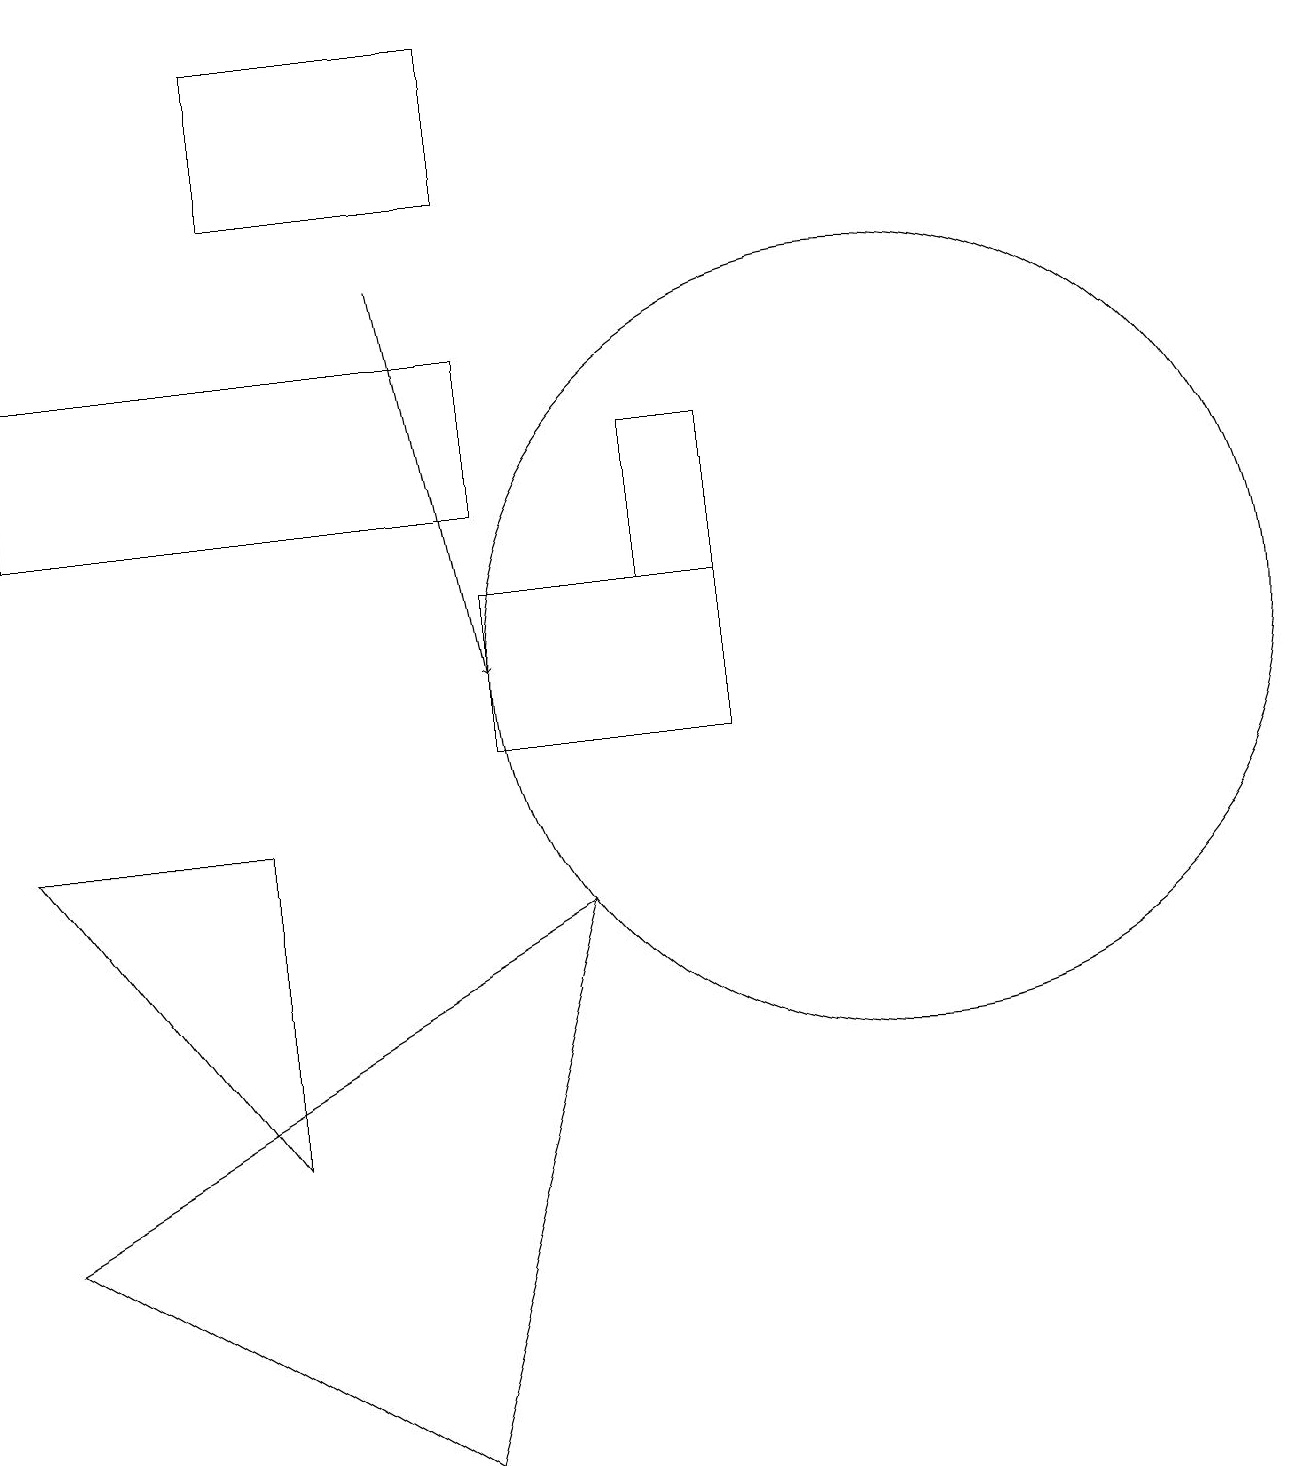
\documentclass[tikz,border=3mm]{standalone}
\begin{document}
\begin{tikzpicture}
\draw[->] (5,16) -- (6,11);
\draw (11,11) circle (5);
\draw (0,4) -- (7,8) -- (5,1) -- cycle;
\draw (6,17) rectangle (3,19);
\draw (6,13) rectangle (0,15);
\draw (0,9) -- (3,5) -- (3,9) -- cycle;
\draw (6,12) rectangle (9,10);
\draw (8,12) rectangle (9,14);
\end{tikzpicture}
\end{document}